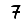
Digit: 7